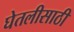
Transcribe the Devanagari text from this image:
घेतलीसाठी